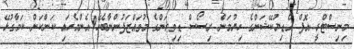
މިނިސްޓްރީ އޮފް އެޑިޔުކޭޝަންގެ ހިޔުމަން ރިސޯސް ޑިވިޜަންގެ މުވައްޒަފުންނާބެހޭ އެންމެހައި ކަންކަން ކަމާގުޅޭ